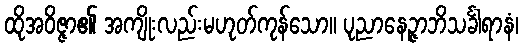
ထိုအဝိဇ္ဇာ၏ အကျိုးလည်းမဟုတ်ကုန်သော။ ပုညာနေဉ္ဇာဘိသင်္ခါရာနံ၊